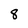
Character: 8